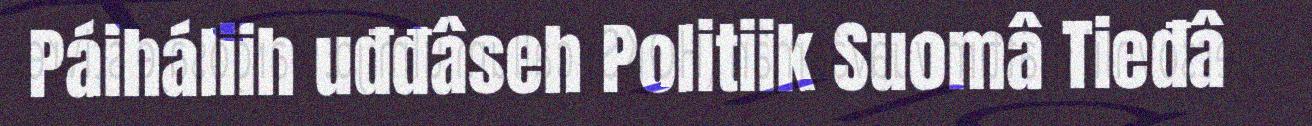
Páiháliih uđđâseh Politiik Suomâ Tieđâ